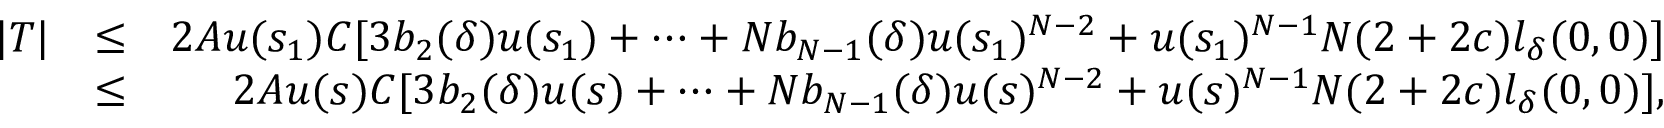
\begin{array} { r l r } { | T | } & { \leq } & { 2 A u ( s _ { 1 } ) C [ 3 b _ { 2 } ( \delta ) u ( s _ { 1 } ) + \cdots + N b _ { N - 1 } ( \delta ) u ( s _ { 1 } ) ^ { N - 2 } + u ( s _ { 1 } ) ^ { N - 1 } N ( 2 + 2 c ) l _ { \delta } ( 0 , 0 ) ] } \\ & { \leq } & { 2 A u ( s ) C [ 3 b _ { 2 } ( \delta ) u ( s ) + \cdots + N b _ { N - 1 } ( \delta ) u ( s ) ^ { N - 2 } + u ( s ) ^ { N - 1 } N ( 2 + 2 c ) l _ { \delta } ( 0 , 0 ) ] , } \end{array}